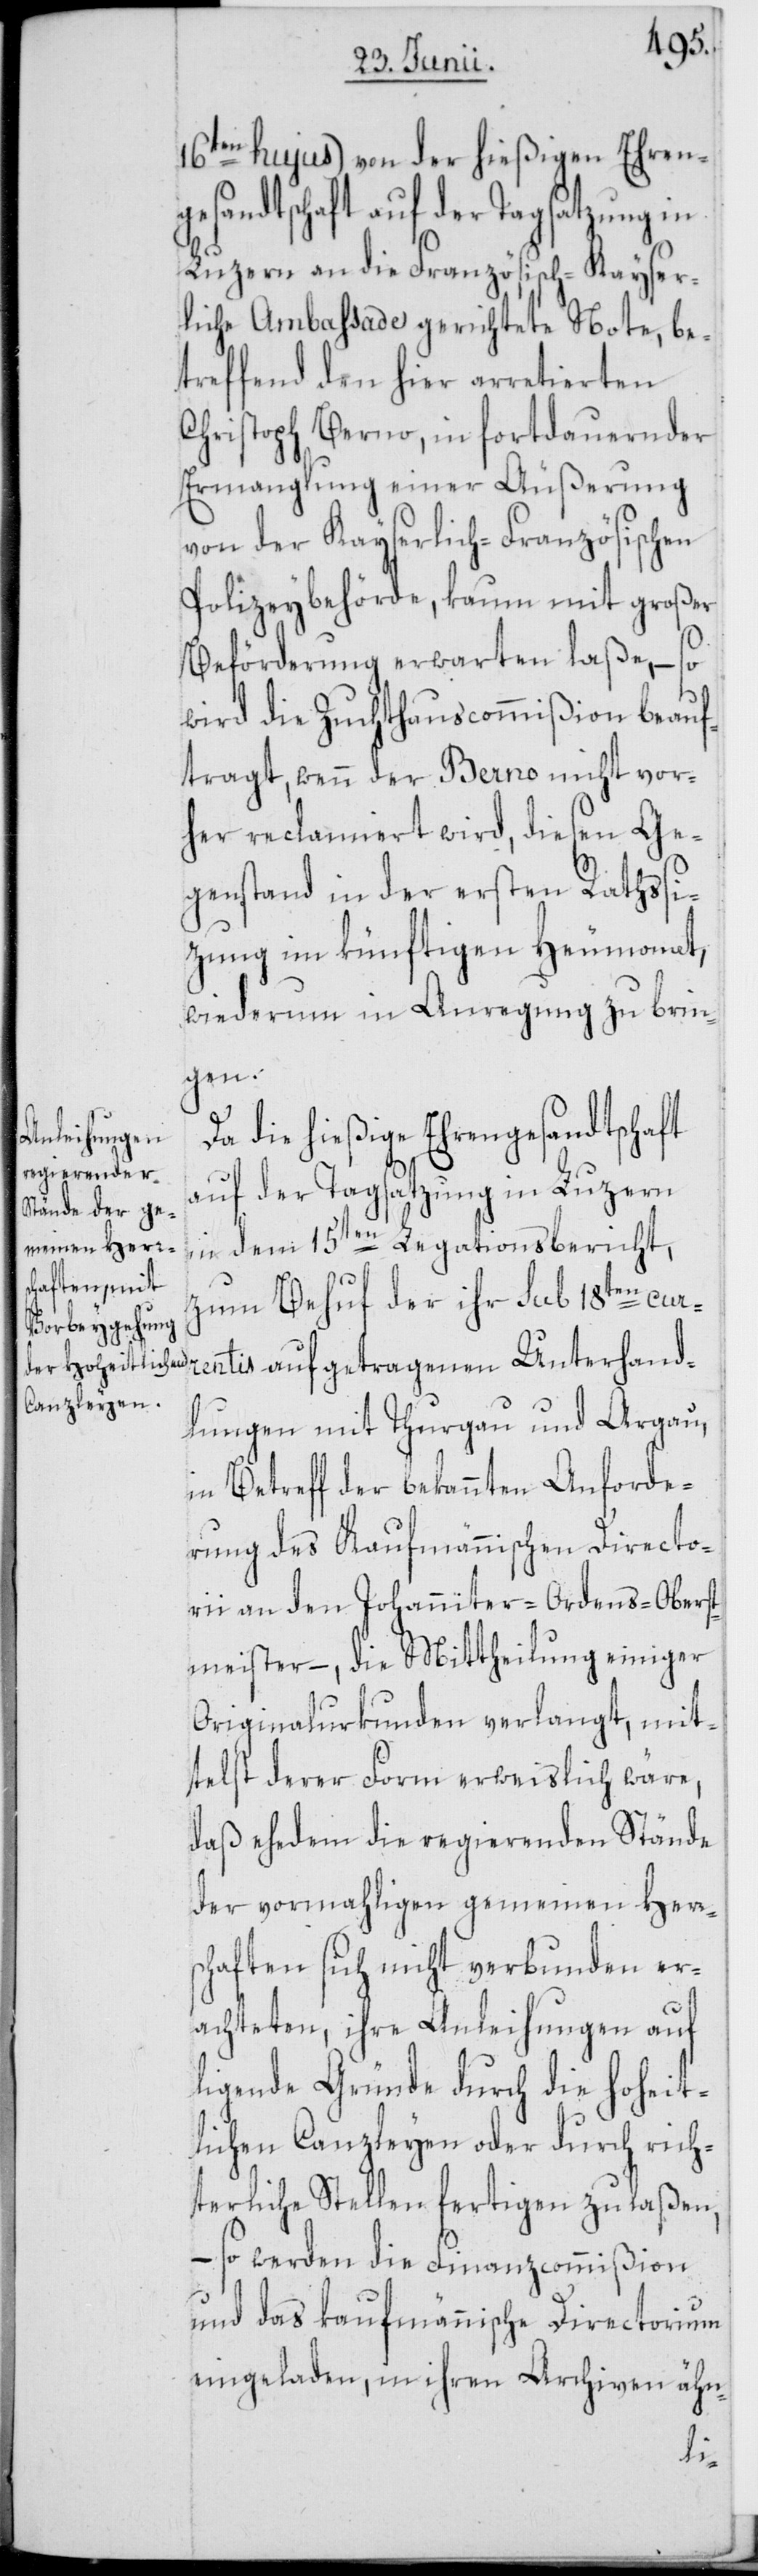
16ten hujus) von der hießigen Ehren¬
gesandtschaft auf der Tagsatzung in
Luzern an die Französisch-Kayser¬
liche Ambassade gerichtete Note, be¬
treffend den hier arretierten
Christoph Berno, in fortdauernder
Ermanglung einer Äußerung
von der Kayserlich-Französischen
Polizeybehörde, kaum mit großer
Beförderung erwarten laße, – so
wird die Zuchthauscommißion beauf¬
tragt, wenn der Berno nicht vor¬
her reclamiert wird, diesen Ge¬
genstand in der ersten Rathssi¬
tzung im künftigen Heumonat,
wiederum in Anregung zu brin¬
gen.
Da die hießige Ehrengesandtschaft
auf der Tagsatzung in Luzern
in dem 15ten Legationsbericht,
zum Behuf der ihr sub 18ten cur¬
rentis aufgetragenen Unterhand¬
lungen mit Thurgau und Argau,
in Betreff der bekannten Anforde¬
rung des Kaufmännischen Directo¬
rii an den Johanniter-Ordens-Oberst¬
meister –, die Mittheilung einiger
Originalurkunden verlangt, mit¬
telst derer Form erweislich wäre,
daß ehedem die regierenden Stände
der vormahligen gemeinen Herrsc¬
haften sich nicht verbunden er¬
achteten, ihre Anleihungen auf
ligende Gründe durch die hoheit¬
lichen Canzleyen oder durch rich¬
terliche Stellen fertigen zu laßen,
– so werden die Finanzcommißion
und das kaufmännische Directorium
eingeladen, in ihren Archiven ähn-